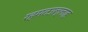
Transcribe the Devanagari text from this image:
रहमतउल्लाह